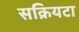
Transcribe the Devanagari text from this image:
सक्रियटा